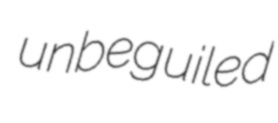
unbeguiled